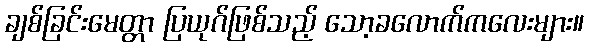
ချစ်ခြင်းမေတ္တာ ပြယုဂ်ဖြစ်သည့် သော့ခလောက်ကလေးများ။